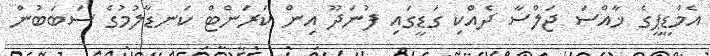
އެމްޑީޕީގެ ޚާއްސަ ޖަލްސާ ދެއްކި ގަޑީގައި ފުނަދޫ އިން ކަރަންޓް ކަނޑާލުމުގެ ސަބަބުން